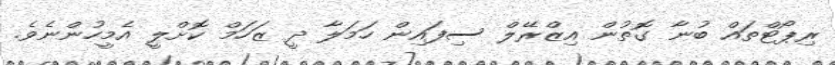
ރިޕޯޓްތައް ބުނާ ގޮތުން އިޒްރޭލް ސިފައިން ހަމަލާ ދީ ޒަހަމް ކޮށްލީ އެމީހުންނެވެ.